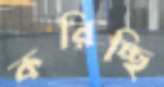
করিচ্ছি